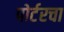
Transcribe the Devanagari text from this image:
पोर्टरचा